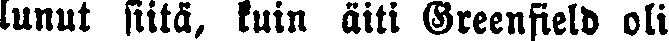
lunut siitä, luin äiti Greenfield oli